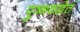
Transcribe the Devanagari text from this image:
पुञ्ञक्खेतं